Annual report of the Civil Veterinary Department, Bengal, for the year 1897-98 - 1897-1898
Year: 1897
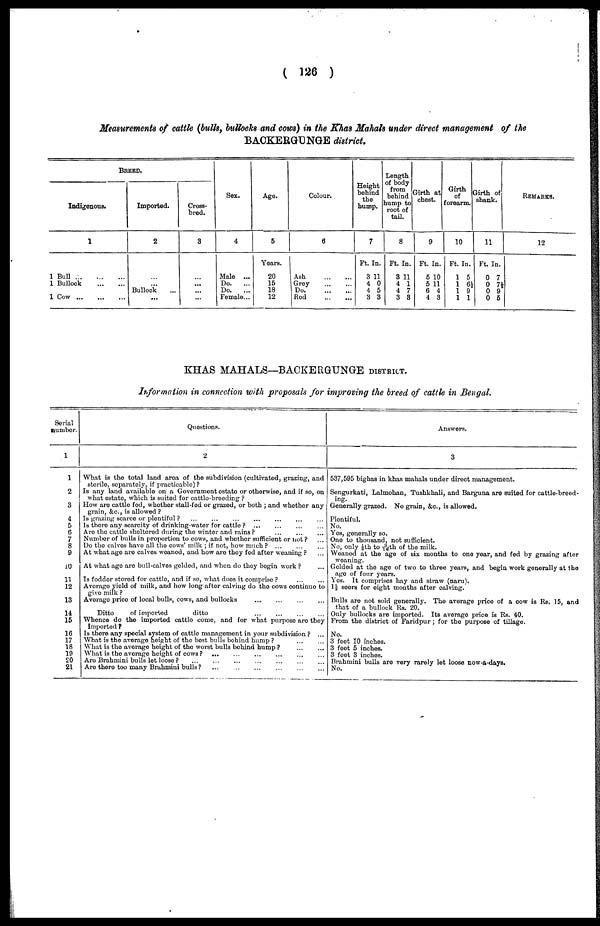
(126)
Measurements of cattle (bulk, bullocks and cows) in the Khas Mahals under direct management of the
BACKERGUNGE district.
BREED.
Indigenous.
1
1 Bull
...
...
...
1 Bullock
...
...
1 Cow ... ... ...
Imported.
2
...
... Bullock
...
Cross-
bred.
3
...
... ...
...
Sex.
4
Male ...
Do. ...
Do.
...
Female...
Age.
5
Years.
20
15
18
12
Colour.
6
Ash
...
...
Grey
...
...
Do.
...
...
Red
...
...
Height
behind
the
hump.
7
Ft. In.
3 11
4 0
4 5
3 3
Length
of body
from
behind
bump to
root of
tail.
8
Ft. In.
3 11
4 1
4 7
3 3
Girth at
chest.
9
Ft. In.
5 10
5 11
6 4
4 3
Girth
forearm.
10
Ft. In.
1 5
1 6½
1 9
1 1
Girth of
shank.
11
Ft. In.
0 7
0 7½
0 9
0 5
REMARKS.
12
KHAS MAHALS—BACKERGUNGE DISTRICT.
Information in connection with proposals for improving the breed of cattle in Bengal.
Serial
number.
1
1
2
3
4
5
6
7
8
9
10
11
12
13
14
15
16
17
18
19
20
21
Questions.
2
What is the total land area of the subdivision (cultivated, grazing, and
storile, separately, if practicable)?
Is any land available on a Government estate or otherwise, and if so, on
what estate, Which is suited for cattle-breeding?
How are cattle fod, whether stall-fed or grazed, or both; and whether any
grain, &c., is allowed?
Is grazing scarce or plentiful? ... ... ... ... ... ... ...
Is there any scarcity of drinking-water for cattle? ... ... ... ...
Ave the cattle sheltered during the winter and rains? ... ... ... ...
Number of bulls in proportion to cows, and whether sufficient or not? ... ...
Do the calves have all the cows' milk; if not, how much? ... ... ...
At what age are calves weaned, and how are they fed after weaning? ...
At what age are bull-calves gelded, and when do they begin work? ...
Is fodder stored for cattle, and if so, what does it comprise?
...
...
Average yield of milk, and how long after calving do the cows continue to
give milk?
Average price of local bulls, cows, and bullocks
...
...
...
...
Ditto
of imported
ditto ... ... ... ...
Whence do the Imported cattle come, and for what purpose are they
imported?
Is there any special system of cattle management in your subdivision? ...
What is the average height of the best bulls behind hump? ... ...
What is the average height of the worst bulls behind
hump?
...
...
What is the average height of cows? ... ... ... ...
Are Brahmini bulls let loose?
...
...
...
...
Are there too many Brahmini bulls?
...
...
...
...
Answers.
3
537,595 bighas in khas mahals under direct management.
Sengurkati, Lalmohan, Tushkhali, and Barguna are suited for cattle-breed-
ing.
Generally grazed. No grain, &c., is allowed.
Plentiful.
No.
Yes, generally so.
One to thousand, not sufficient.
No, only 1/8th to 3/18th of the milk.
Weaned at the age of six months to one year, and fed by grazing after
weaning.
Gelded at the age of two to three years, and begin work generally at the
age of four years.
Yes. It comprises hay and straw (naru).
1½ seers for eight months after calving.
Bulls are not sold generally. The average price of a cow is Rs. 15, and
that of a bullock Rs. 20.
Only bullocks are imported. Its average price is Rs. 40.
From the district of Faridpur; for the purpose of tillage.
No.
3 feet 10 inches.
3 feet 5 inches.
3 feet 3 inches.
Brahmini bulls are very rarely let loose now-a-days.
No.